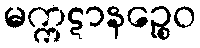
မက္ကဋာနဉ္စေဝ